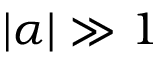
| \alpha | \gg 1